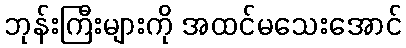
ဘုန်းကြီးများကို အထင်မသေးအောင်